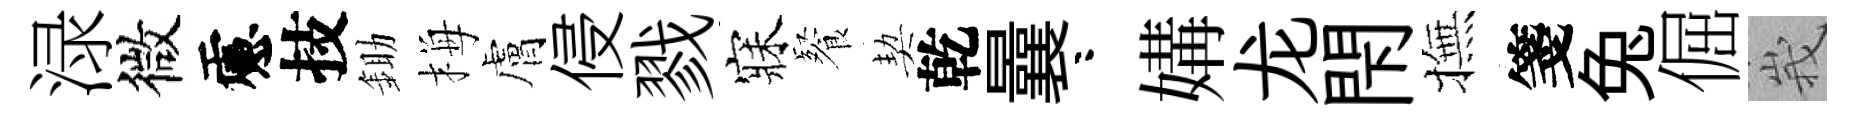
渌微慮技鋤梅膚侵戮寐餐契乾曩咯媾龙閇撫箋兔倔峩